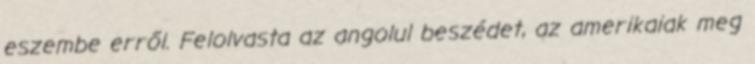
eszembe erről. Felolvasta az angolul beszédet, az amerikaiak meg